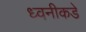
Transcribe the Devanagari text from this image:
ध्वनीकडे